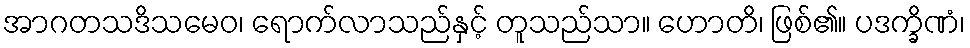
အာဂတသဒိသမေဝ၊ ရောက်လာသည်နှင့် တူသည်သာ။ ဟောတိ၊ ဖြစ်၏။ ပဒက္ခိဏံ၊